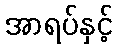
အာရပ်နှင့်